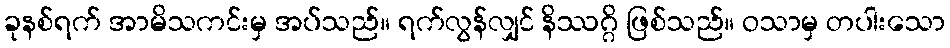
ခုနစ်ရက် အာမိသကင်းမှ အပ်သည်။ ရက်လွန်လျှင် နိဿဂ္ဂိ ဖြစ်သည်။ ဝသာမှ တပါးသော